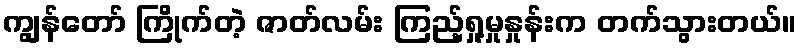
ကျွန်တော် ကြိုက်တဲ့ ဇာတ်လမ်း ကြည့်ရှု့မှုနှုန်းက တက်သွားတယ်။